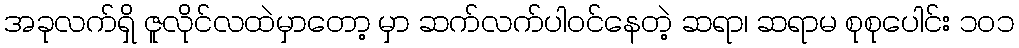
အခုလက်ရှိ ဇူလိုင်လထဲမှာတော့ မှာ ဆက်လက်ပါဝင်နေတဲ့ ဆရာ၊ ဆရာမ စုစုပေါင်း ၁၀၁